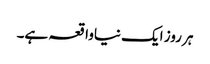
ہر روز ایک نیاواقعہ ہے۔